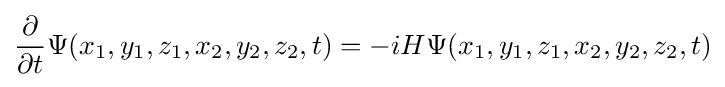
{\frac {\partial }{\partial t}}\Psi (x_{1},y_{1},z_{1},x_{2},y_{2},z_{2},t)=-iH\Psi (x_{1},y_{1},z_{1},x_{2},y_{2},z_{2},t)